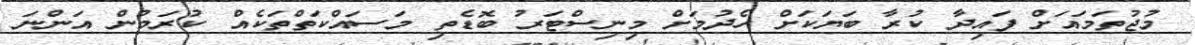
މުޖުތަމައަށް ފައިދާ ކުރާ ބަޔަކަށް ހެދުމަށް މިނިސްޓަރު ބޮޑެތި މަސައްކަތްތަކެއް ކުރަމުން އަންނަ